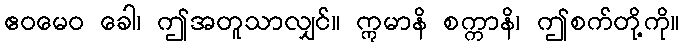
ဧဝမေဝ ခေါ၊ ဤအတူသာလျှင်။ ဣမာနိ စက္ကာနိ၊ ဤစက်တို့ကို။